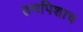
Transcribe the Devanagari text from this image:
तमपिशाच